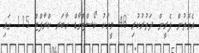
އެގޮތުން ފެރީން ދަތުރުކުރި 48 މީހަކު ކޯސްޓްގާޑް ހާބަރ ކްރާފްޓް 115 ގައި